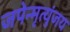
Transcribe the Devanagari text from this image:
जपेन्मृत्युंजय